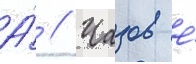
А́ // Чазов е́